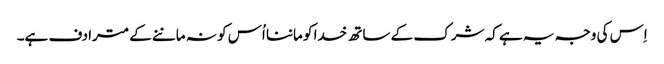
اِس کی وجہ یہ ہے کہ شرک کے ساتھ خدا کو ماننا اُس کو نہ ماننے کے مترادف ہے۔